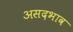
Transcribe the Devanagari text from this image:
असदभाव